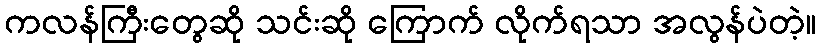
ကလန်ကြီးတွေဆို သင်းဆို ကြောက် လိုက်ရသာ အလွန်ပဲတဲ့။